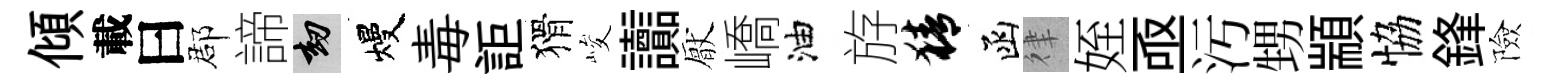
傾載曰郡諦劫熳毒詎猾峻讟厭嶠油斿猜函律姪亟汚甥顓恊鋒險